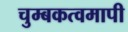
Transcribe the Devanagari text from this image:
चुम्बकत्वमापी